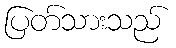
ပြတ်သားသည်